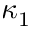
\kappa _ { 1 }